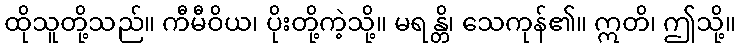
ထိုသူတို့သည်။ ကီမီဝိယ၊ ပိုးတို့ကဲ့သို့။ မရန္တိ၊ သေကုန်၏။ ဣတိ၊ ဤသို့။